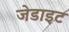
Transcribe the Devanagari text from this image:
जेडाइट